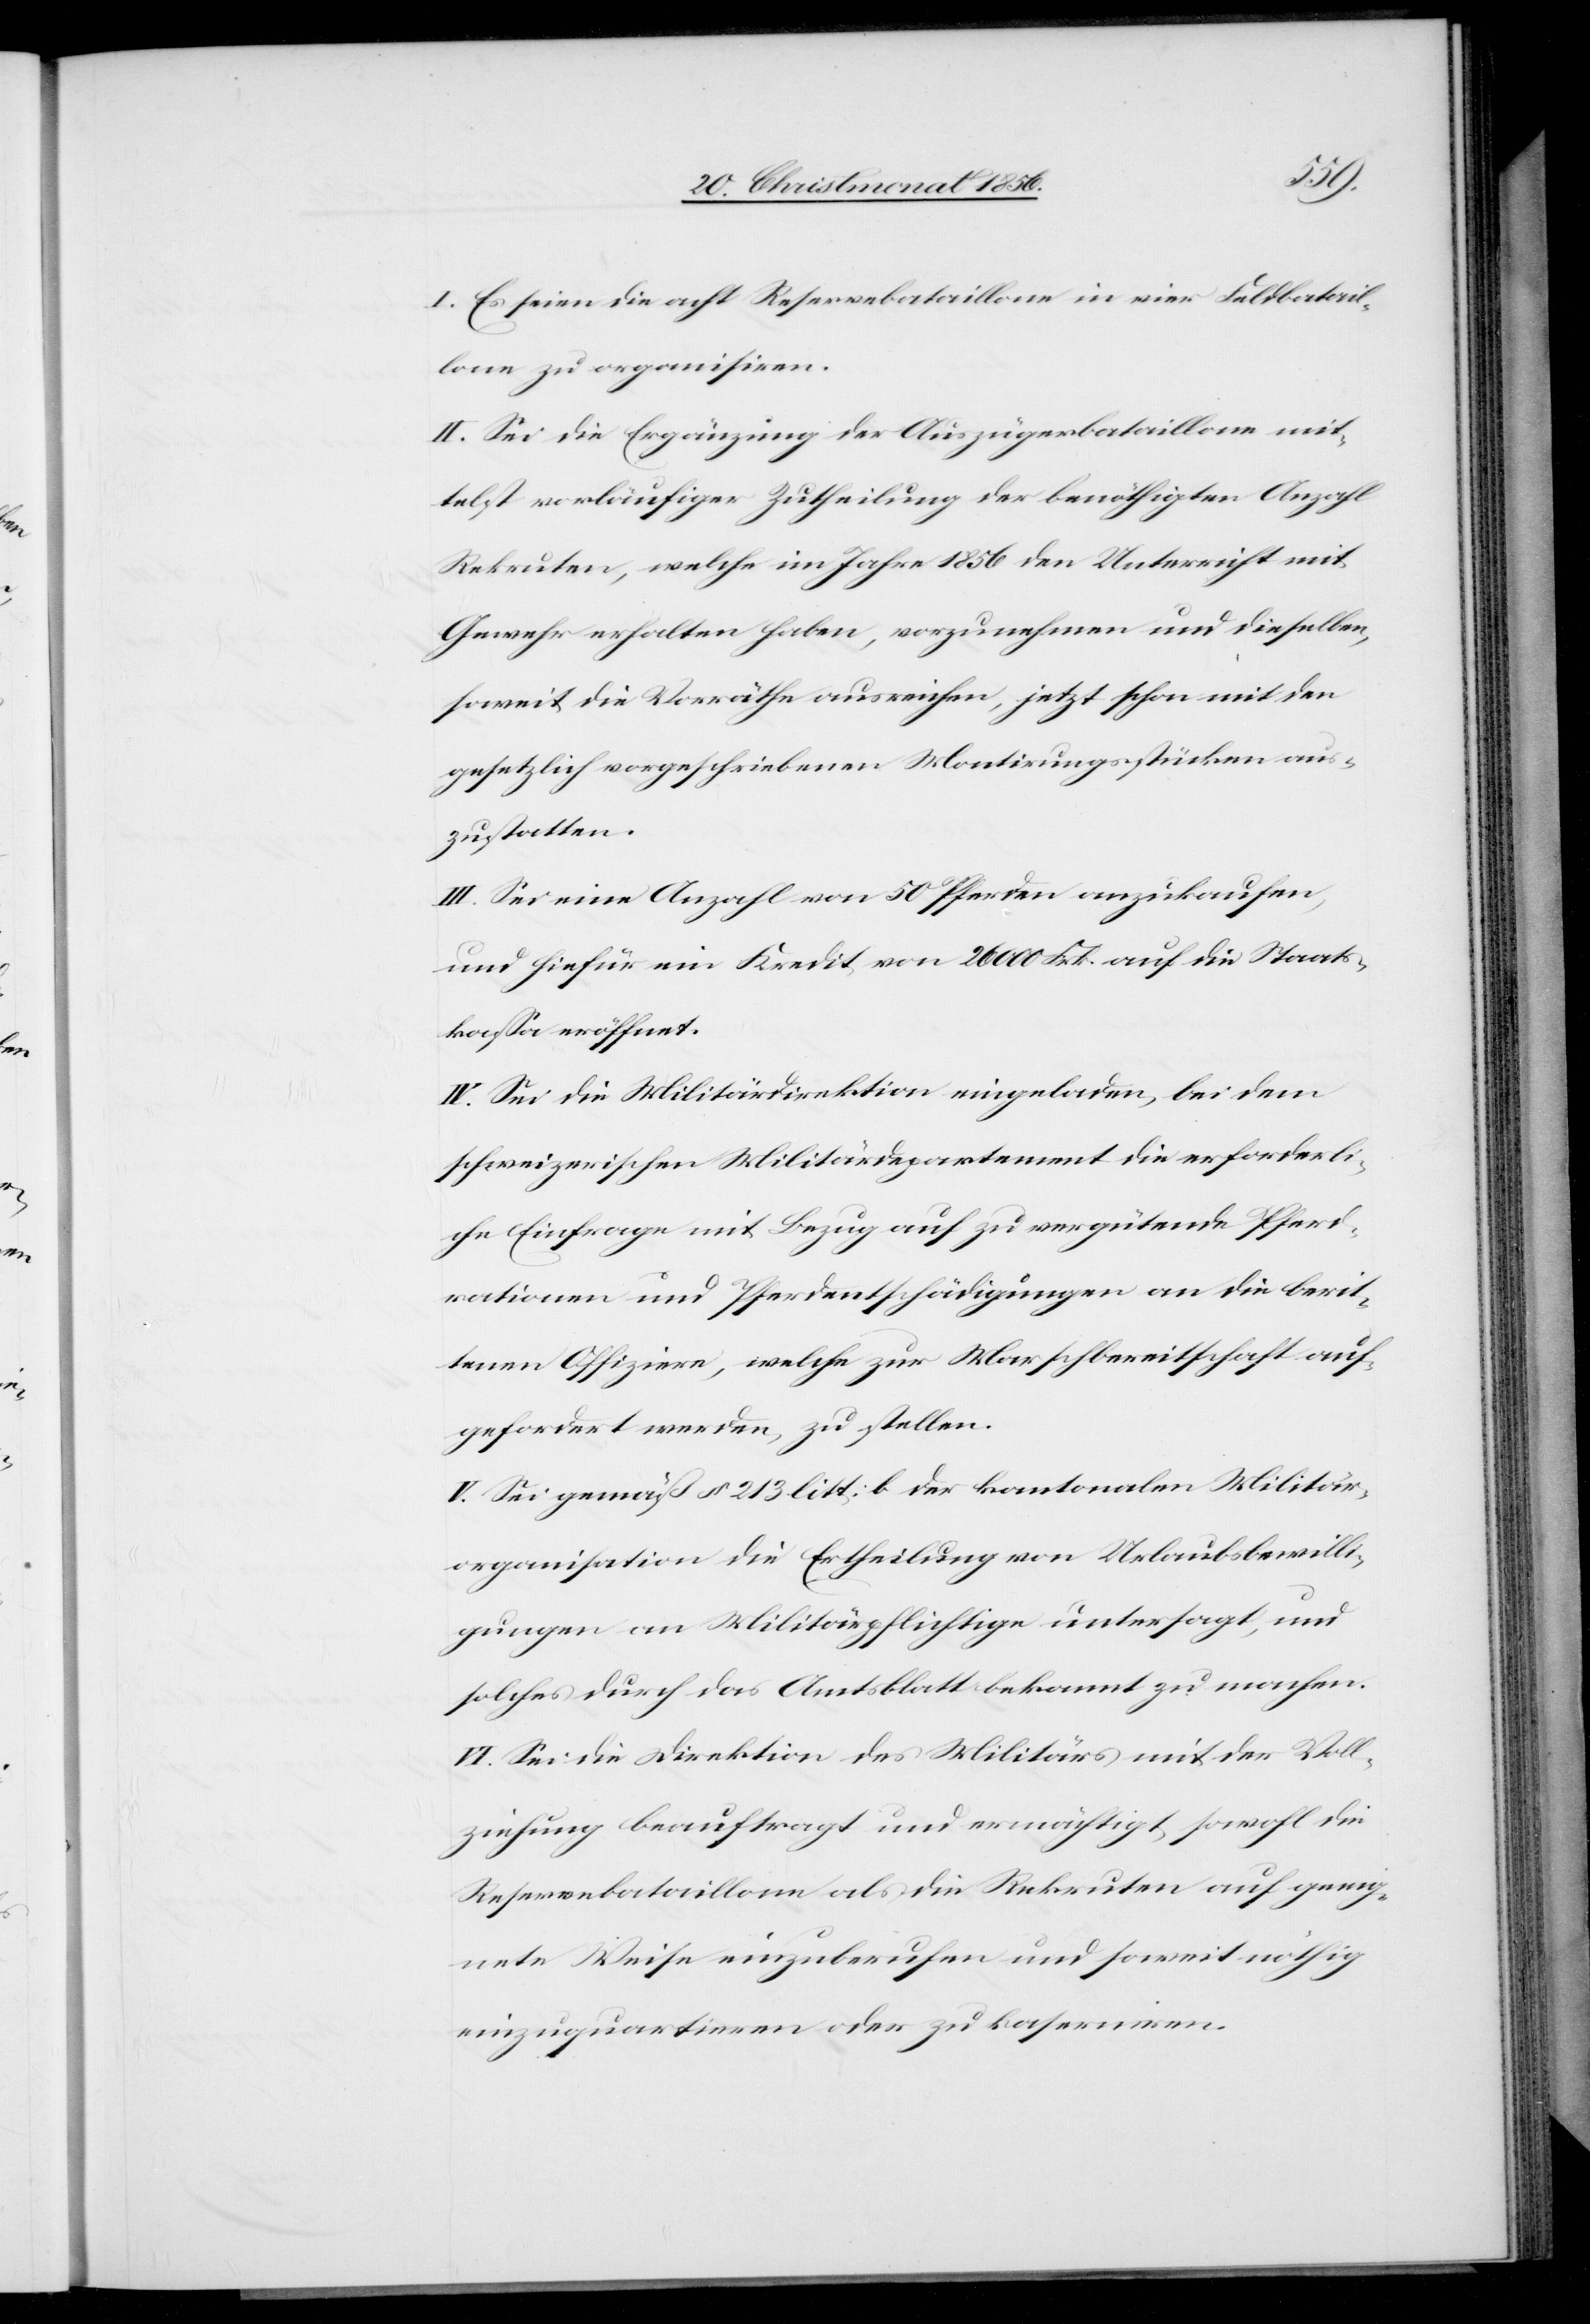
I. Es seien die acht Reservebataillone in vier Feldbatail¬
lone zu organisiren.
II. Sei die Ergänzung der Auszügerbataillone mit¬
telst vorläufiger Zutheilung der benöthigten Anzahl
Rekruten, welche im Jahr 1856 den Unterricht mit
Gewehr erhalten haben, vorzunehmen und dieselben,
soweit die Vorräthe ausreichen, jetzt schon mit den
gesetzlich vorgeschriebenen Montirungsstücken aus¬
zustatten.
III. Sei eine Anzahl von 50 Pferden anzukaufen,
und hiefür ein Kredit von 26 000 Frk. auf die Staats¬
kassa eröffnet.
IV. Sei die Militärdirektion eingeladen, bei dem
schweizerischen Militärdepartement die erforderli¬
che Einfrage mit Bezug auf zu vergütende Pferd¬
rationen und Pferdentschädigungen an die berit¬
tenen Offiziere, welche zur Marschbereitschaft auf¬
gefordert werden, zu stellen.
V. Sei gemäß § 213 litt: b der kantonalen Militär¬
organisation die Ertheilung von Urlaubsbewilli¬
gungen an Militärpflichtige untersagt, und
solches durch das Amtsblatt bekannt zu machen.
VI. Sei die Direktion des Militärs mit der Voll¬
ziehung beauftragt und ermächtigt, sowohl die
Reservebataillone als die Rekruten auf geeig¬
nete Weise einzuberufen und soweit nöthig
einzuquartieren oder zu kaserniren.